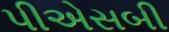
પીએસબી